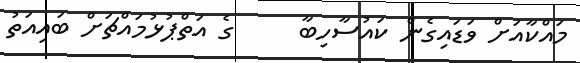
މައްކާއަށް ވަޑައިގެން ކައުސާހިބާ     ގެ އަތްޕުޅުމައްޗަށް ބައިއަތު